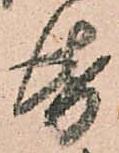
帋